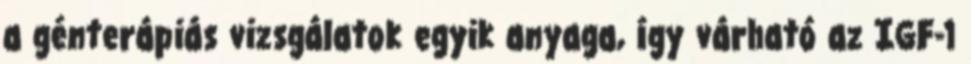
a génterápiás vizsgálatok egyik anyaga, így várható az IGF-1